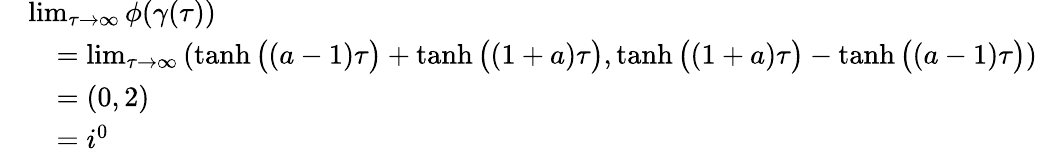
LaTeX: \begin{array}{rl}&{\operatorname*{lim}_{\tau\to\infty}\phi(\gamma(\tau))}\\ &{\quad=\operatorname*{lim}_{\tau\to\infty}\left(\operatorname{tanh}\big((a-1)\tau\big)+\operatorname{tanh}\big((1+a)\tau\big),\operatorname{tanh}\big((1+a)\tau\big)-\operatorname{tanh}\big((a-1)\tau\big)\right)}\\ &{\quad=(0,2)}\\ &{\quad=i^{0}}\end{array}